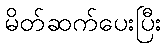
မိတ်ဆက်ပေးပြီး